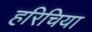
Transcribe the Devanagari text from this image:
हरिचिया